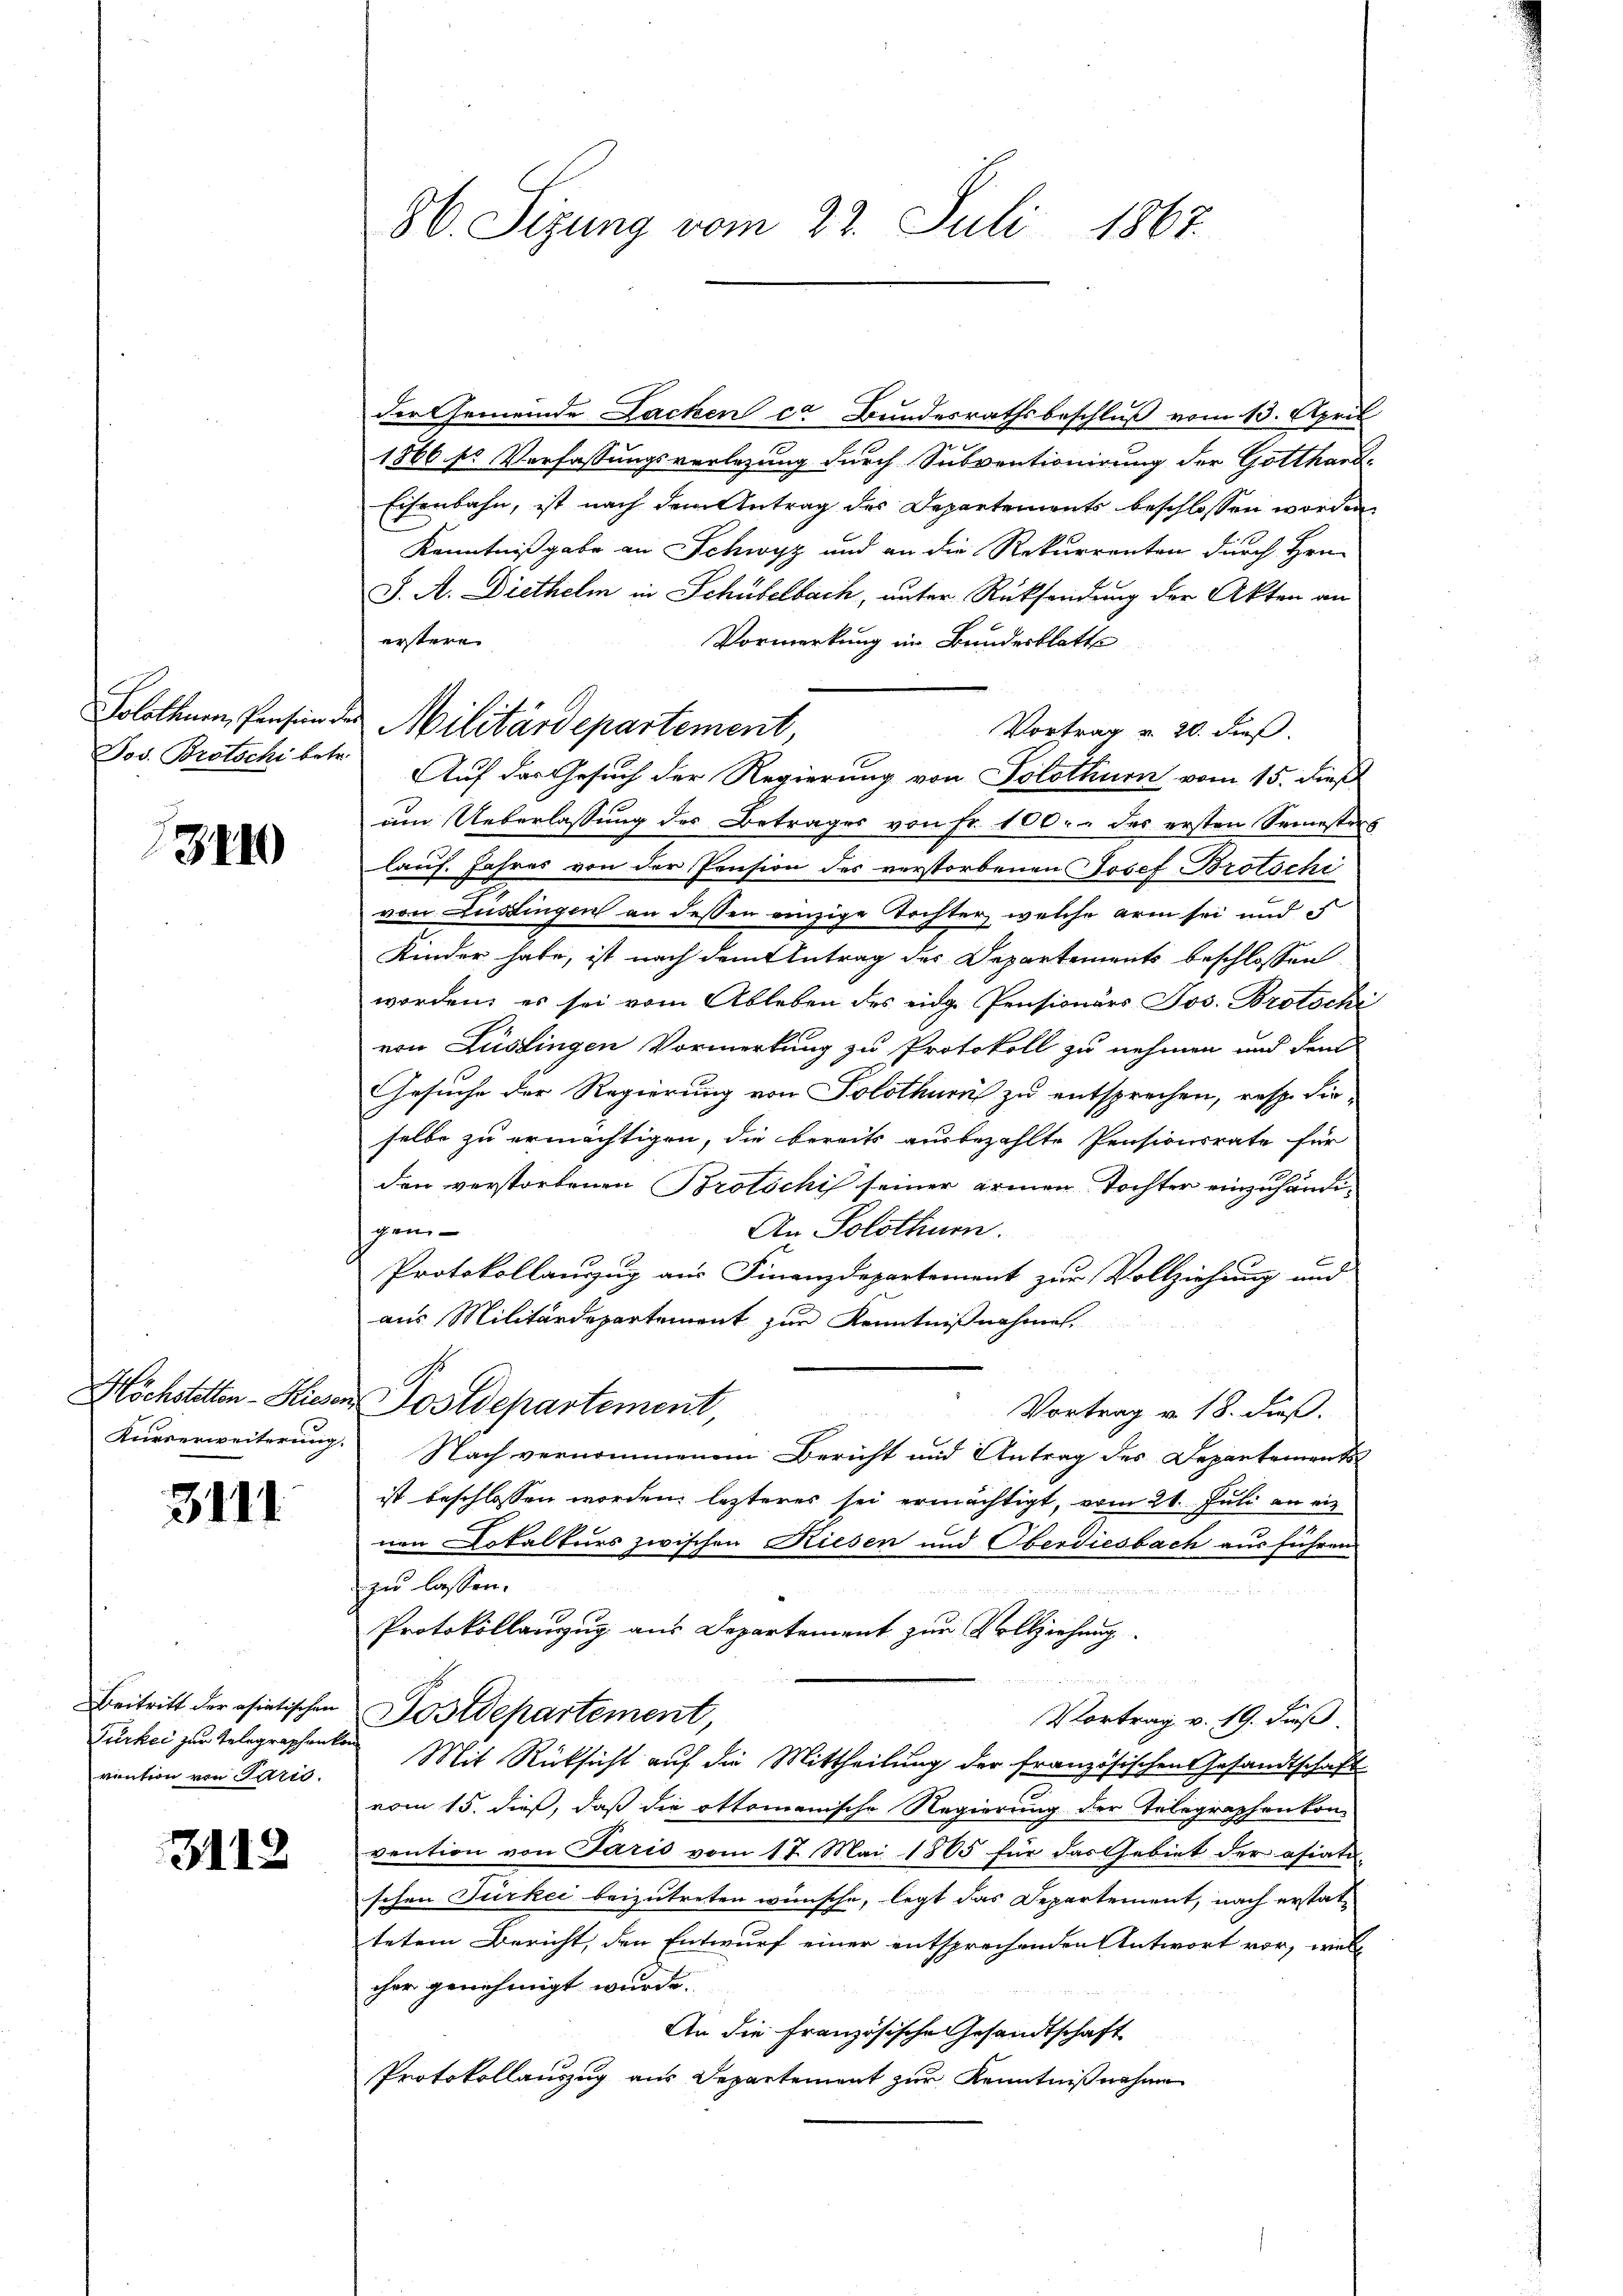
3440

3111

Türkec zur Telegraphen kon
vention von Paris.

3112

der Gemeinde Lacken ca Bundesrathsbeschluß vom 13. April
1866 ss Verfassungsverlegung durch Subventionirung der Gotthard-
Eisenbahn, ist nach dem Antrag des Departements beschlossen worden,
Kenntnißgabe an Schwyz und an die Rekurrenten durch Hrn.
J. A. Diethelm in Schübelbach, unter Rücksendung der Akten an
erstere
Vormerkung im Bundesblatte
Vortrag v. 20. dieß.
Jos. Brotschi betr. Auf das Gesuch der Regierung von Solothurn vom 15. dieß
am Ueberlassung des Betrages von Fr. 100.- des ersten Semestes
lauf. Jahres von der Pension des verstorbenen Josef Brotschi
von Lustingen an dessen einzige Tochter, welche arm sei und
Kinder habe, ist nach dem Antrag des Departements beschlossen
worden; es sei vom Ableben des eidge Pensionärs Jos. Brotschi
von Zustingen Vormerkung zu Protokoll zu nehmen und den
Gesuche der Regierung von Solothurn zu entsprechen, resp. Fie-
selbe zu ermächtigen, die bereits ausbezahlte Pensionsrate für
den verstorbenen Brotschi seiner armen Tochter einzuhändi¬
An Solothurn.
gen-
Protokollauszug aus Finanzdepartement zur Vollziehung und
aus Militärdepartement zur Kenntnißnahmen.
Höchstetten - Rieser Postdepartement,
Vortrag v. 18. dieß.
Kurverweiterung. Nach vernommenem Bericht und Antrag des Departement
ist beschlossen worden lezteres sei ermächtigt, vom 21. Juli an ein
nen Dokalkurs zwischen Riesen und Oberdiesbach ausführen
zu lassen.
Protokollanzug aus Departement zur Vollziehung

Beitritt der asiatischen Postdepartement,
Vortrag v. 19. Fuß.
Mit Rücksicht auf die Mittheilung der französischen Gesandtschaft
vom 15. dieß, daß die ottomanische Regierung der Telegraphen kon-
vention von Paris vom 17. Mai 1865 für das Gebiet der asiati-
schen Türkei beizutreten wünsche, legt das Departement, nach erstattetem Bericht, den Entwurf einer entsprechenden Antwort vor, welc
cher genehmigt wurde.
An die Französische Gesandtschaft
Protokollauszug aus Departement zur Kenntnißnahme

H. Sizung vom 22. Juli 1867.

Solothurn, Pension des Militärdepartement,